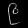
Digit: ၉